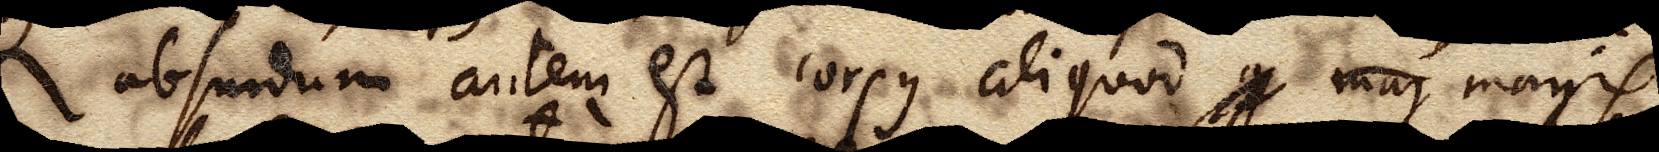
absurdum autem est corpus aliquod g maj magis